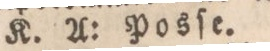
K. A: Posſe.